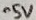
Text: -5V